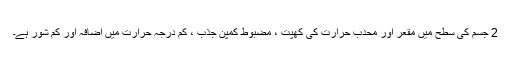
2 جسم کی سطح میں مقعر اور محدب حرارت کی کھپت ، مضبوط کمپن جذب ، کم درجہ حرارت میں اضافہ اور کم شور ہے۔